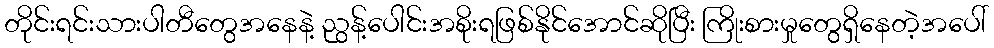
တိုင်းရင်းသားပါတီတွေအနေနဲ့ ညွန့်ပေါင်းအစိုးရဖြစ်နိုင်အောင်ဆိုပြီး ကြိုးစားမှုတွေရှိနေတဲ့အပေါ်